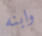
وابنه